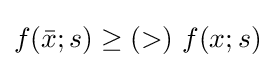
f({\bar {x}};s)\geq (>)\ f(x;s)